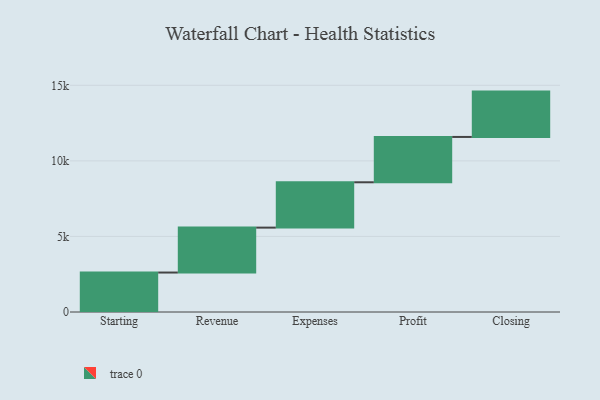
{"axis": {"x": "Step", "y": "Value"}, "legend": [""], "data": [{"x": "Starting", "y": 2611.0, "type": ""}, {"x": "Revenue", "y": 2972.0, "type": ""}, {"x": "Expenses", "y": 3000, "type": ""}, {"x": "Profit", "y": 3000, "type": ""}, {"x": "Closing", "y": 3000, "type": ""}]}